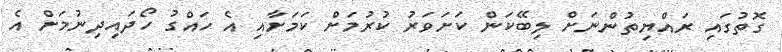
ގޮތުގައި ރައްޔިތުންނަށް ލިބޭކަން ކަށަވަރު ކުރުމަށް ކަމަށާއި އެ ހައްގު ހޯދައިދިނުމަށް އެ